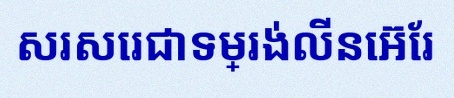
សរសេរជាទម្រង់លីនេអ៊ែរ